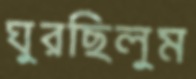
ঘুরছিলুম